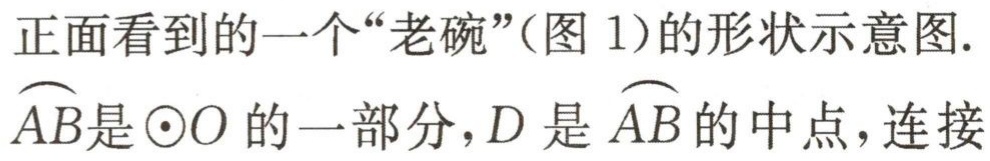
正面看到的一个“老碗”(图 1)的形状示意图.

$\overset{\frown}{AB}$是$\odot O$的一部分，$D$是$\overset{\frown}{AB}$的中点，连接